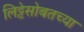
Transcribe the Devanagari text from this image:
लिट्टेसोबतच्या